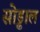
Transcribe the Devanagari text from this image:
सोड्ढाल